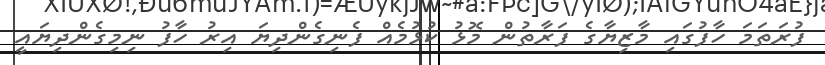
ފުރަތަމަ ހާފުގައި މާޒިޔާގެ ފަރާތުން މޮޅު ކުޅުމެއް ފެނިގެންދިޔަ އިރު ހާފު ނިމިގެންދިޔައީ